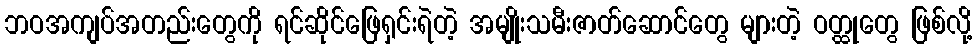
ဘဝအကျပ်အတည်းတွေကို ရင်ဆိုင်ဖြေရှင်းရဲတဲ့ အမျိုးသမီးဇာတ်ဆောင်တွေ များတဲ့ ဝတ္ထုတွေ ဖြစ်လို့